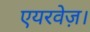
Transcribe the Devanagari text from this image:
एयरवेज़।